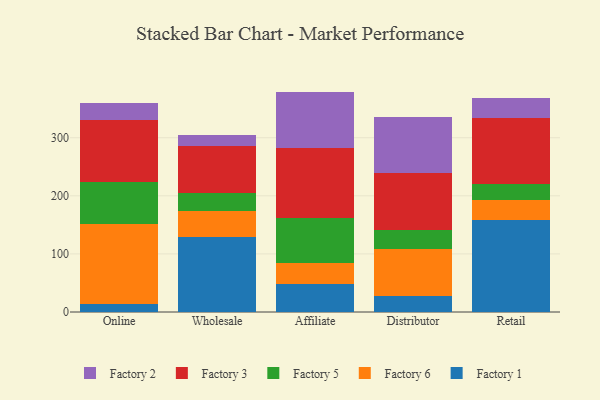
{"axis": {"x": "Channel", "y": "Page Views"}, "legend": ["Factory 1", "Factory 2", "Factory 3", "Factory 5", "Factory 6"], "data": [{"x": "Online", "y": 13.3, "type": "Factory 1"}, {"x": "Online", "y": 137.7, "type": "Factory 6"}, {"x": "Online", "y": 73.2, "type": "Factory 5"}, {"x": "Online", "y": 107.0, "type": "Factory 3"}, {"x": "Online", "y": 29.0, "type": "Factory 2"}, {"x": "Wholesale", "y": 129.4, "type": "Factory 1"}, {"x": "Wholesale", "y": 44.9, "type": "Factory 6"}, {"x": "Wholesale", "y": 30.6, "type": "Factory 5"}, {"x": "Wholesale", "y": 81.5, "type": "Factory 3"}, {"x": "Wholesale", "y": 17.5, "type": "Factory 2"}, {"x": "Affiliate", "y": 48.2, "type": "Factory 1"}, {"x": "Affiliate", "y": 36.3, "type": "Factory 6"}, {"x": "Affiliate", "y": 77.2, "type": "Factory 5"}, {"x": "Affiliate", "y": 120.6, "type": "Factory 3"}, {"x": "Affiliate", "y": 97.1, "type": "Factory 2"}, {"x": "Distributor", "y": 27.2, "type": "Factory 1"}, {"x": "Distributor", "y": 80.4, "type": "Factory 6"}, {"x": "Distributor", "y": 33.2, "type": "Factory 5"}, {"x": "Distributor", "y": 98.7, "type": "Factory 3"}, {"x": "Distributor", "y": 95.7, "type": "Factory 2"}, {"x": "Retail", "y": 158.7, "type": "Factory 1"}, {"x": "Retail", "y": 33.3, "type": "Factory 6"}, {"x": "Retail", "y": 28.1, "type": "Factory 5"}, {"x": "Retail", "y": 114.1, "type": "Factory 3"}, {"x": "Retail", "y": 34.7, "type": "Factory 2"}]}